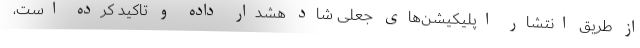
از طریق انتشار اپلیکیشن‌های جعلی شاد هشدار داده و تاکید کرده است،